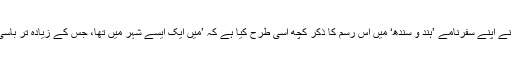
ابنِ بطوطہ نے اپنے سفرنامے ’ہند و سندھ‘ میں اس رسم کا ذکر کچھ اسی طرح کیا ہے کہ ’میں ایک ایسے شہر میں تھا، جس کے زیادہ تر باسی ہندو تھے۔